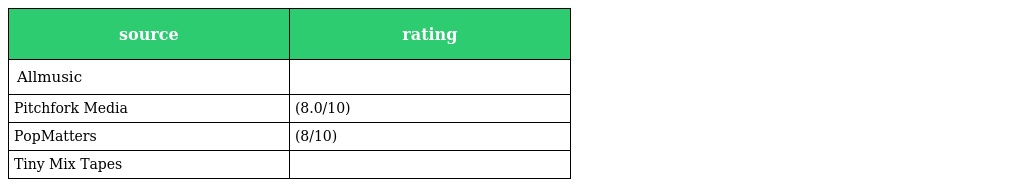
| source | rating |
 | --- | --- |
 | Allmusic |  |
 | Pitchfork Media | (8.0/10) |
 | PopMatters | (8/10) |
 | Tiny Mix Tapes |  |